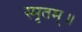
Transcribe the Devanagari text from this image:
स्मृतम्॥